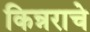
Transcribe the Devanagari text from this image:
किन्नराचे